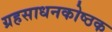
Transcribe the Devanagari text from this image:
ग्रहसाधनकोष्ठक